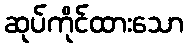
ဆုပ်ကိုင်ထားသော